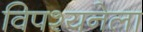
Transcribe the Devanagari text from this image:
विपश्यनेला